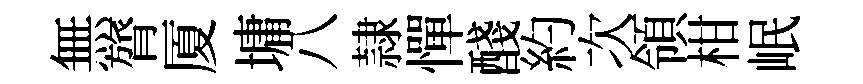
無膂厦墉八隷憚醆約次領柑岷